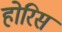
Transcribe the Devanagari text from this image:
होरिस